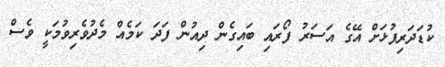
ކުޑަދަރިފުޅަށް އޭގެ އަސަރު ފޯރައި ބައިގެން ދިއުން ފަދަ ކަމެއް މެދުވެރިވުމަކީ ވެސް